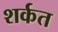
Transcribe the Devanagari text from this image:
शर्कत